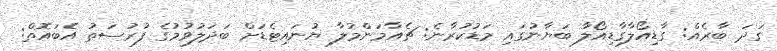
ގަދަ ބާރެއް: ގާޑިއޯލާގާޑިއޯލާ ބަޔާނުގައި މަޑުކުރާނެ: ޗެއާމަންމުލާ ޔުނައިޓެޑަށް ބަދަލުވުމުގެ ފުރުސަތު އެބައޮތް: